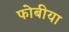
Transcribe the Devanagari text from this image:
फोबीया